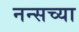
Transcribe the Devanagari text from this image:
नन्सच्या